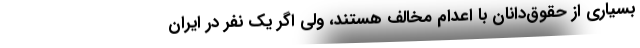
بسیاری از حقوق‌دانان با اعدام مخالف هستند، ولی اگر یک نفر در ایران